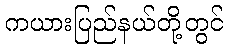
ကယားပြည်နယ်တို့တွင်